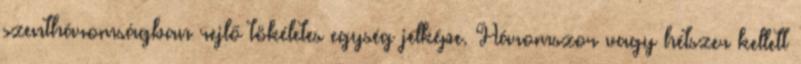
szentháromságban rejlő tökéletes egység jelképe. Háromszor vagy hétszer kellett